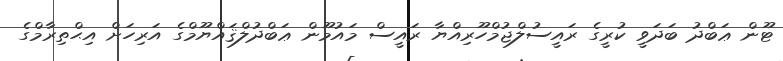
ޓޫން ޢަބްދު ބަދަވީ ކުރީގެ ރައީސުލްޖުމްހޫރިއްޔާ ރައީސް މައުމޫން ޢަބްދުލްޤައްޔޫމްގެ އަރިހަށް އިޙްތިރާމްގެ